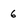
Character: 6